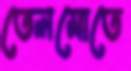
তেলমোতে